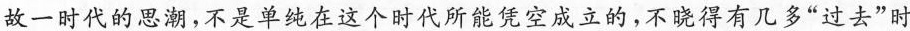
故一时代的思潮，不是单纯在这个时代所能凭空成立的，不晓得有几多”过去”时